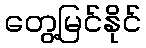
တွေ့မြင်နိုင်